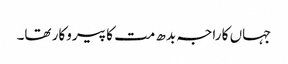
جہاں کا راجہ بدھ مت کا پیروکار تھا۔